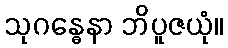
သုဂန္ဓေနာ ဘိပူဇယုံ။